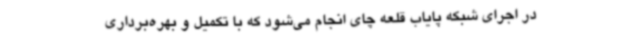
در اجرای شبکه پایاب قلعه چای انجام می‌شود که با تکمیل و بهره‌برداری